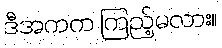
ဒီအကက ကြည့်မလား။